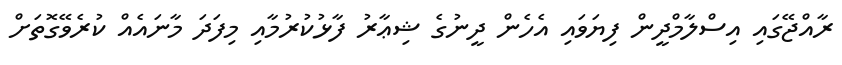
ރާއްޖޭގައި އިސްލާމްދީން ފިޔަވައި އެހެން ދީނުގެ ޝިޢާރު ފާޅުކުރުމާއި މިފަދަ މާނައެއް ކުރެވޭގޮތަށް